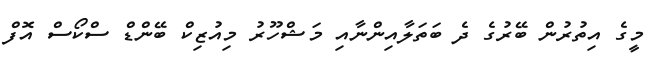
މީގެ އިތުރުން ބޭރުގެ ދެ ބަތަލާއިންނާއި މަޝްހޫރު މިއުޒިކް ބޭންޑް ސްކޯސް އޮފް